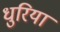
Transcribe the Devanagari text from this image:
धुरियां